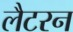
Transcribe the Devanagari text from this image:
लैटरन